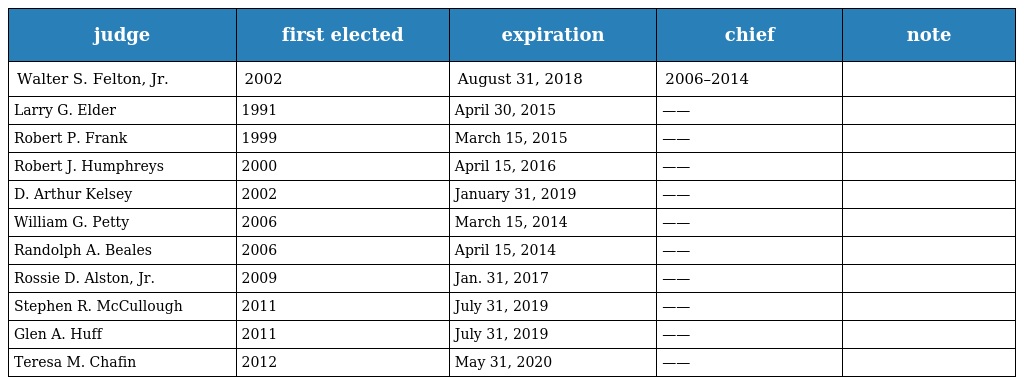
| judge | first elected | expiration | chief | note |
 | --- | --- | --- | --- | --- |
 | Walter S. Felton, Jr. | 2002 | August 31, 2018 | 2006–2014 |  |
 | Larry G. Elder | 1991 | April 30, 2015 | —— |  |
 | Robert P. Frank | 1999 | March 15, 2015 | —— |  |
 | Robert J. Humphreys | 2000 | April 15, 2016 | —— |  |
 | D. Arthur Kelsey | 2002 | January 31, 2019 | —— |  |
 | William G. Petty | 2006 | March 15, 2014 | —— |  |
 | Randolph A. Beales | 2006 | April 15, 2014 | —— |  |
 | Rossie D. Alston, Jr. | 2009 | Jan. 31, 2017 | —— |  |
 | Stephen R. McCullough | 2011 | July 31, 2019 | —— |  |
 | Glen A. Huff | 2011 | July 31, 2019 | —— |  |
 | Teresa M. Chafin | 2012 | May 31, 2020 | —— |  |